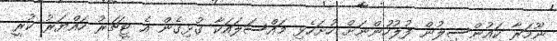
ނޫމަރާ ކައުންސިލުން ފުލުހުންނަށް ހުށަހެޅި މައްސަލައަކާ ގުޅިގެން އެ ޓީޗަރު ހައްޔަރު ކުރީ